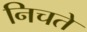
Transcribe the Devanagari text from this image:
निचते